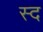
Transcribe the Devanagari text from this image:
स्द